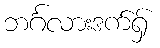
ဘင်္ဂလားဒက်ရှ်